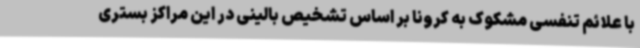
با علائم تنفسی مشکوک به کرونا بر اساس تشخیص بالینی در این مراکز بستری